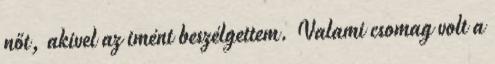
nőt, akivel az imént beszélgettem. Valami csomag volt a